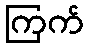
ကြက်